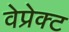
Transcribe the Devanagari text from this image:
वेप्रेक्ट